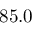
8 5 . 0